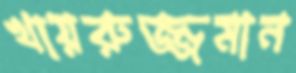
খায়রুজ্জমান